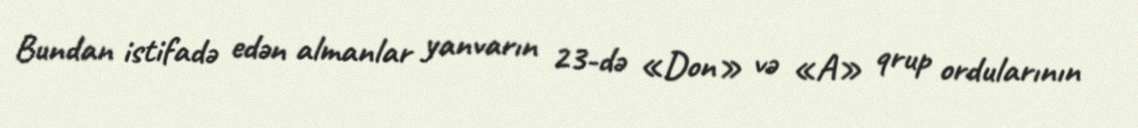
Bundan istifadə edən almanlar yanvarın 23-də «Don» və «A» qrup ordularının